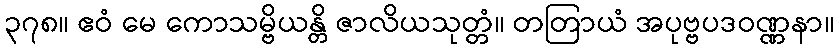
၃၇၈။ ဧဝံ မေ ကောသမ္ဗိယန္တိ ဇာလိယသုတ္တံ။ တတြာယံ အပုဗ္ဗပဒဝဏ္ဏနာ။